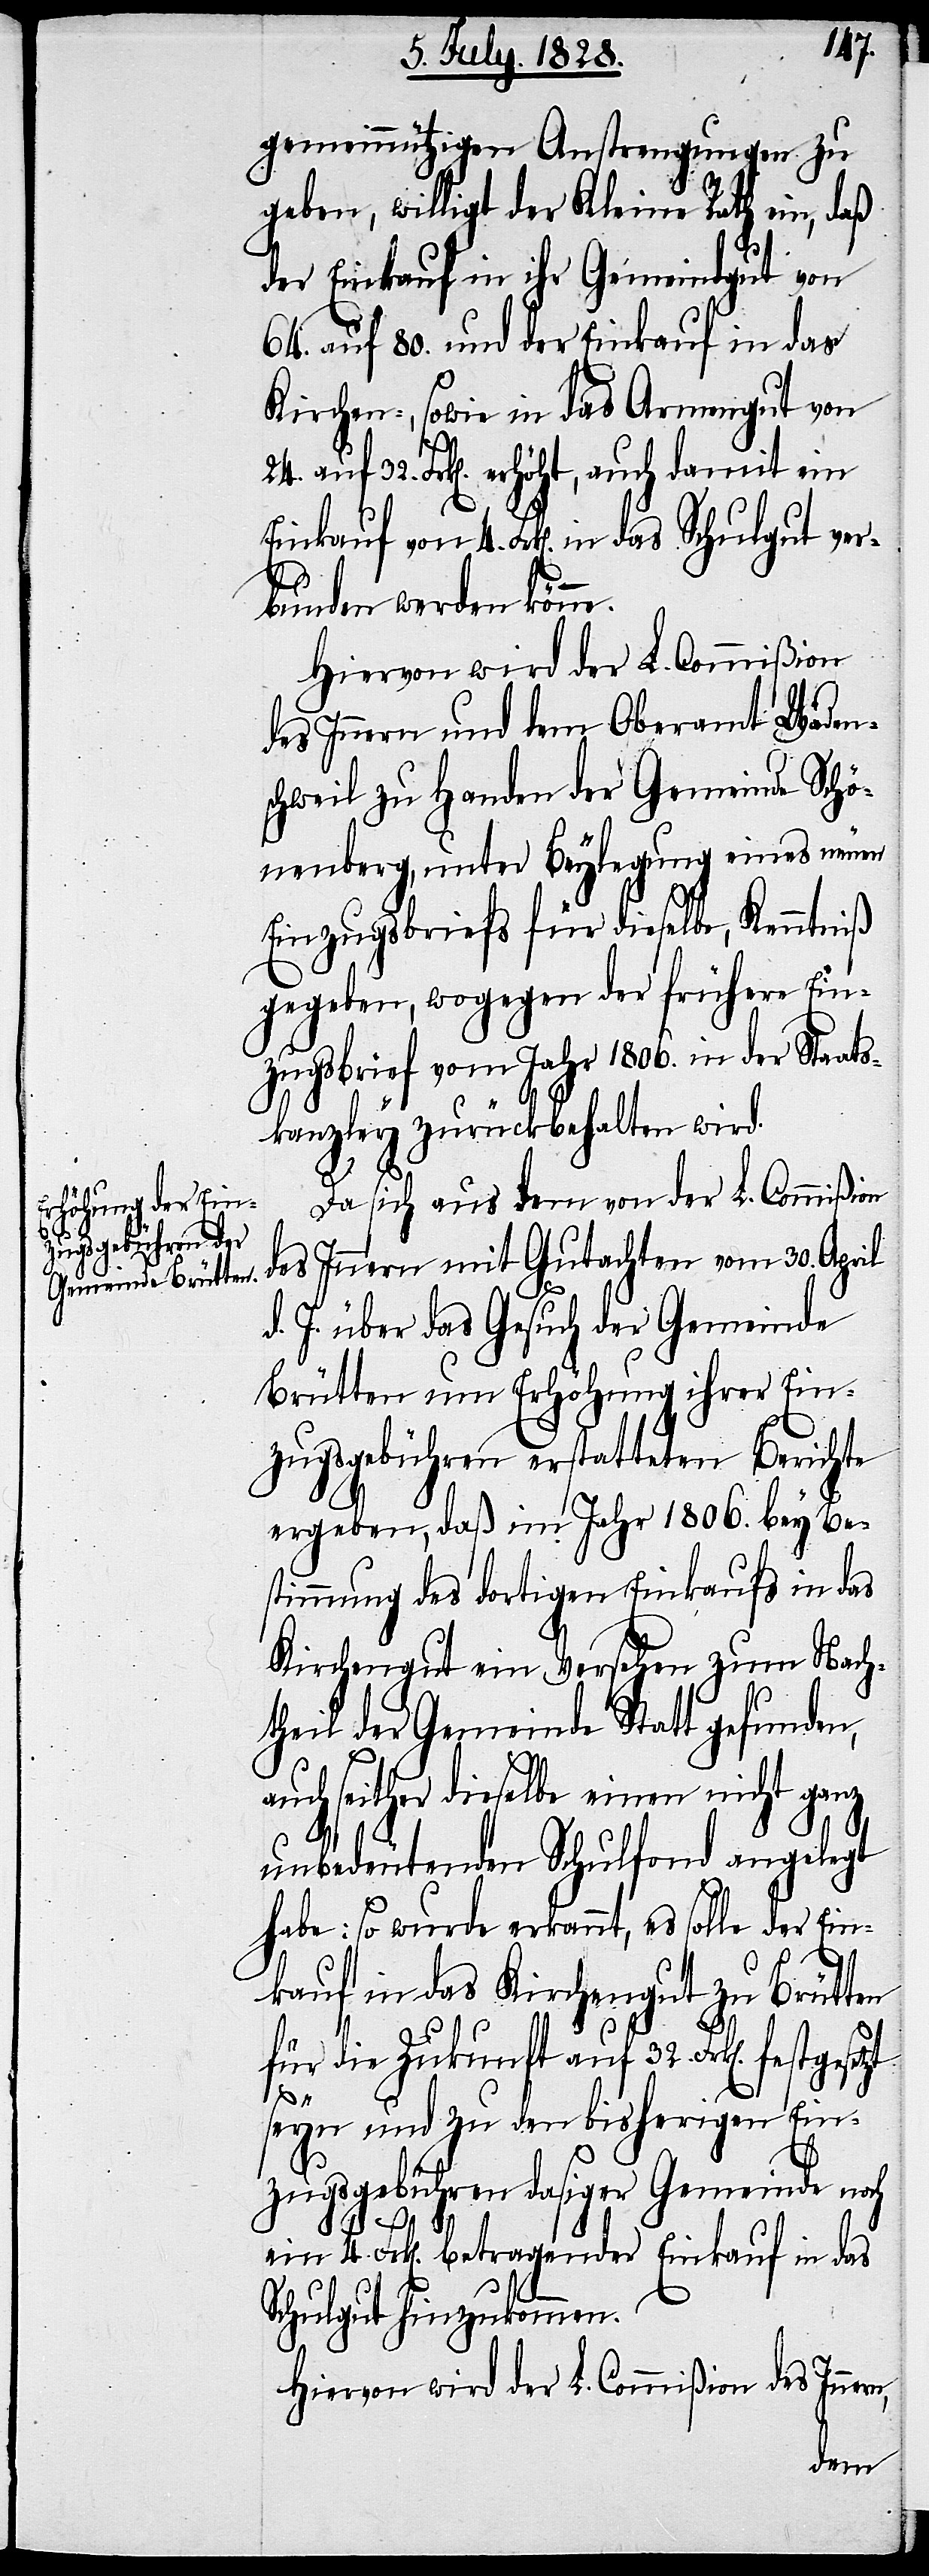
4.

gemeinnützigen Anstrengungen zu
geben, willigt der Kleine Rath ein, daß
der Einkauf in ihr Gemeindgut von
64. auf 80. und der Einkauf in das
Kirchen-, sowie in das Armengut von
32. Frk[en]. erhöht, auch damit ein
rbunden werden könne.
Hiervon wird der L. Commißion
des Innern und dem Oberamt Wäden¬
schweil zu Handen der Gemeinde Schö¬
nenberg, unter Beylegung eines neuen
Einzugsbriefs für dieselbe, Kenntniß
gegeben, wogegen der frühere Ein¬
zugsbrief vom Jahr 1806. in der Staats¬
kanzley zurückbehalten wird.
Da sich aus dem von der L. Commißion
des Innern mit Gutachten vom 30. April
d. J. über das Gesuch der Gemeinde
Brütten um Erhöhung ihrer Ein¬
zugsgebühren erstatteten Berichte
ergeben, daß im Jahr 1806. bey Be¬
stimmung des dortigen Einkaufs in das
Kirchengut ein Versehen zum Nach¬
theil der Gemeinde Statt gefunden,
uch seither dieselbe einen nicht ganz
unbedeutenden Schulfond angelegt
habe: so wurde erkannt, es solle der Ein¬
kauf in das Kirchengut zu Brütten
für die Zukunft auf 32. Frk[en].
n,
seyn und zu den bisherigen Ein¬
zugsgebühren dasiger Gemeinde noch
ein 4. Frk[en]. betragender Einkauf in das
Schulgut hinzukommen.
Hiervon wird der L. Commißion des Inner¬